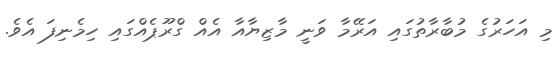
މި އަހަރުގެ މުބާރާތުގައި އަރޭމާ ވަނީ މާޒިޔާއާ އެއް ގްރޫޕެއްގައި ހިމެނިފަ އެވެ.